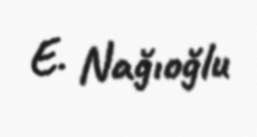
E. Nağıoğlu